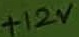
Text: +12V